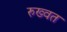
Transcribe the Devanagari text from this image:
रुख्वत